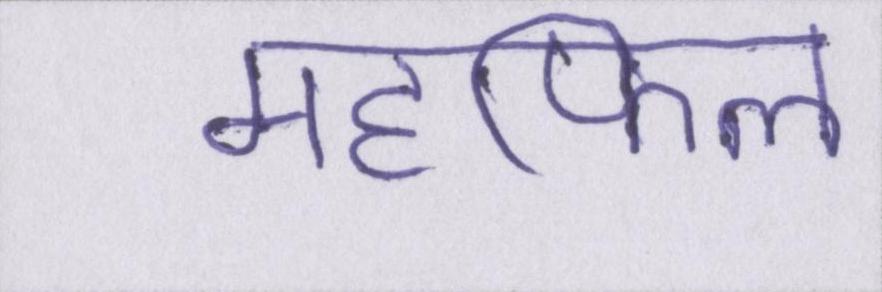
महफिल